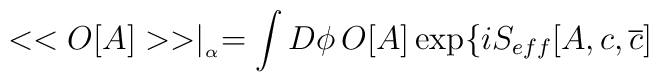
<<O[A]>>\mid _{_{\alpha }}=\int D\phi \, O[A]\exp \{iS_{eff}[A,c,\overline{c}]